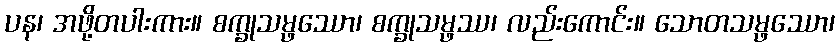
ပန၊ အဖို့တပါးကား။ စက္ခုသမ္ဖဿော၊ စက္ခုသမ္ဖဿ၊ လည်းကောင်း။ သောတသမ္ဖဿော၊